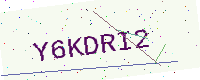
Text: Y6KDRI2